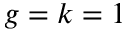
g = k = 1